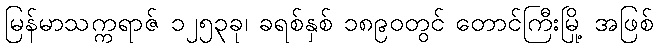
မြန်မာသက္ကရာဇ် ၁၂၅၃ခု၊ ခရစ်နှစ် ၁၈၉၀တွင် တောင်ကြီးမြို့ အဖြစ်